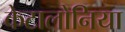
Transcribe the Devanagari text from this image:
केटालोनिया